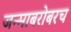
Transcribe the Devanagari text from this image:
जन्माबरोबरच